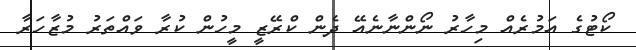
ކޯޓުގެ އަމުރެއް މިހާރު ނޯންނާނެއޭ ދެން ކްރޭޒީ މީހުން ކުރާ ވައްތަރު މުޒާހަރާ